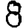
Digit: 8